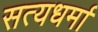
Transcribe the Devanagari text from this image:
सत्यधर्मा